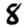
Digit: 8